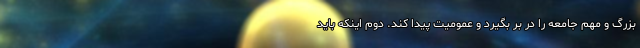
بزرگ و مهم جامعه را در بر بگیرد و عمومیت پیدا کند. دوم اینکه باید